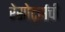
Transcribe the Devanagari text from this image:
रेसोर्ट्सची